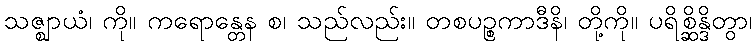
သဇ္ဈာယံ၊ ကို။ ကရောန္တေန စ၊ သည်လည်း။ တစပဉ္စကာဒီနိ၊ တို့ကို။ ပရိစ္ဆိန္ဒိတွာ၊